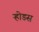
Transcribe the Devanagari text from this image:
ऱ्होडस